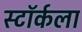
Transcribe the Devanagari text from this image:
स्टॉर्कला